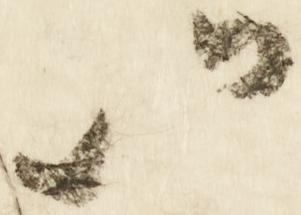
以